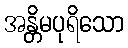
အန္တိမပုရိသော